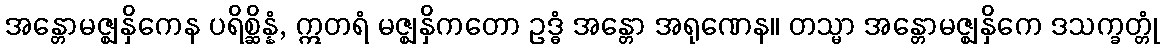
အန္တောမဇ္ဈနှိကေန ပရိစ္ဆိန္နံ, ဣတရံ မဇ္ဈနှိကတော ဥဒ္ဓံ အန္တော အရုဏေန။ တသ္မာ အန္တောမဇ္ဈနှိကေ ဒသက္ခတ္တုံ